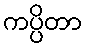
ကပ္ပိတာ